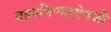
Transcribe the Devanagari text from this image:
घालविण्याऐवजी